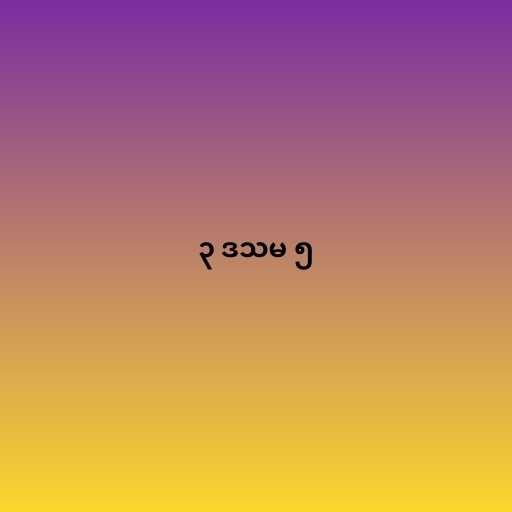
၃ ဒသမ ၅